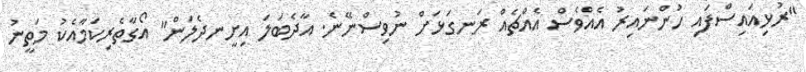
"ރުޅިއައިސްފައި ހުންނައިރު އެއްވެސް އެއްޗެއް ރަނގަޅަށް ނުވިސްނޭނެ. އާދެބަލަ އިށީނދެލަން" އޯގާތެރިކަމާއެކު މަތީނު